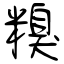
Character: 糗